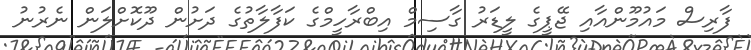
ފާރިސް މައުމޫންއާއި ޖޭޕީގެ ލީޑަރު ގާސިމް އިބްރާހީމްގެ ކަފާލާތުގެ ދަށުން ދޫކޮށްލަން ނެރުނު